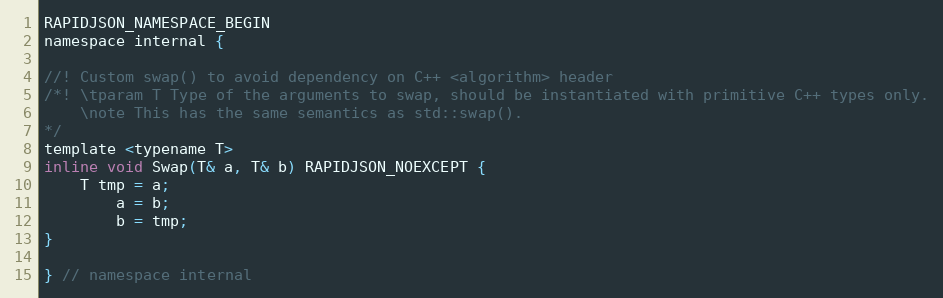
Language: C
RAPIDJSON_NAMESPACE_BEGIN
namespace internal {

//! Custom swap() to avoid dependency on C++ <algorithm> header
/*! \tparam T Type of the arguments to swap, should be instantiated with primitive C++ types only.
    \note This has the same semantics as std::swap().
*/
template <typename T>
inline void Swap(T& a, T& b) RAPIDJSON_NOEXCEPT {
    T tmp = a;
        a = b;
        b = tmp;
}

} // namespace internal